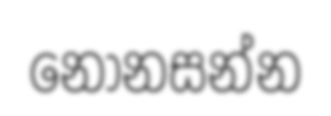
නොනසන්න